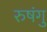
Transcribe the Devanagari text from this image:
रुषंगु